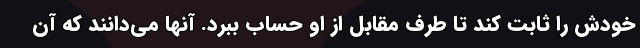
خودش را ثابت کند تا طرف مقابل از او حساب ببرد. آنها می‌دانند که آن